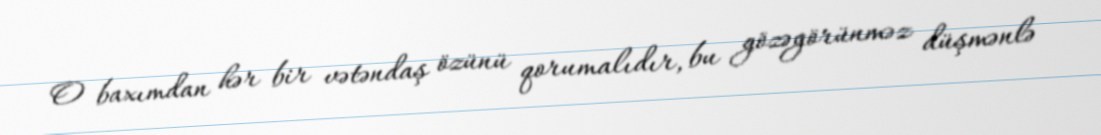
O baxımdan hər bir vətəndaş özünü qorumalıdır, bu gözəgörünməz düşmənlə